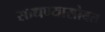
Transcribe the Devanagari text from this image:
साधण्यासोबत